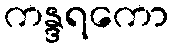
ကန္ဒရကော